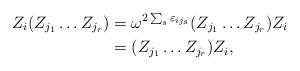
LaTeX: \begin{align*}Z_i(Z_{j_1}\dots Z_{j_r}) &= \omega^{2\sum_s\varepsilon_{ij_s}}(Z_{j_1}\dots Z_{j_r})Z_i \\&= (Z_{j_1}\dots Z_{j_r})Z_i,\end{align*}